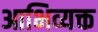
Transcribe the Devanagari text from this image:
आभिव्यक्त